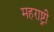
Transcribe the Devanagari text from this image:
महराष्ट्री